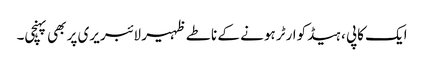
ایک کاپی ، ہیڈکوارٹر ہونے کے ناطے ظہیر لائبریری پر بھی پہنچی۔